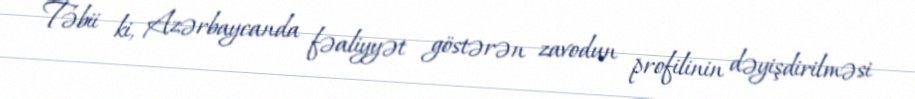
Təbii ki, Azərbaycanda fəaliyyət göstərən zavodun profilinin dəyişdirilməsi